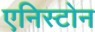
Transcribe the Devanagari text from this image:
एनिस्टोन